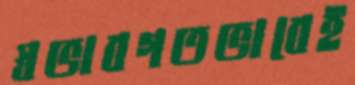
স্বভাবগতভাবেই